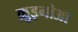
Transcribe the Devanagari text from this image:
क़ुइनोआ